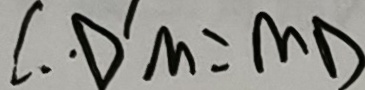
\therefore \cdot D ^ { \prime } M = M D